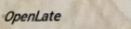
OpenLate